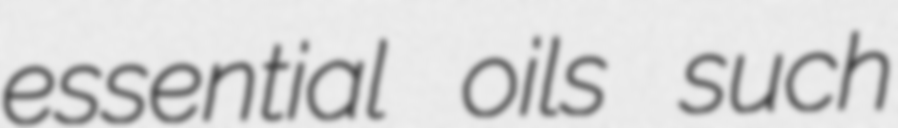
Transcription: essential oils such